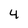
Character: 4